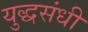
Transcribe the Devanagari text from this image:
युद्धसंधी